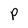
Character: P